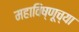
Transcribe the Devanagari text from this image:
महाविष्णूच्या